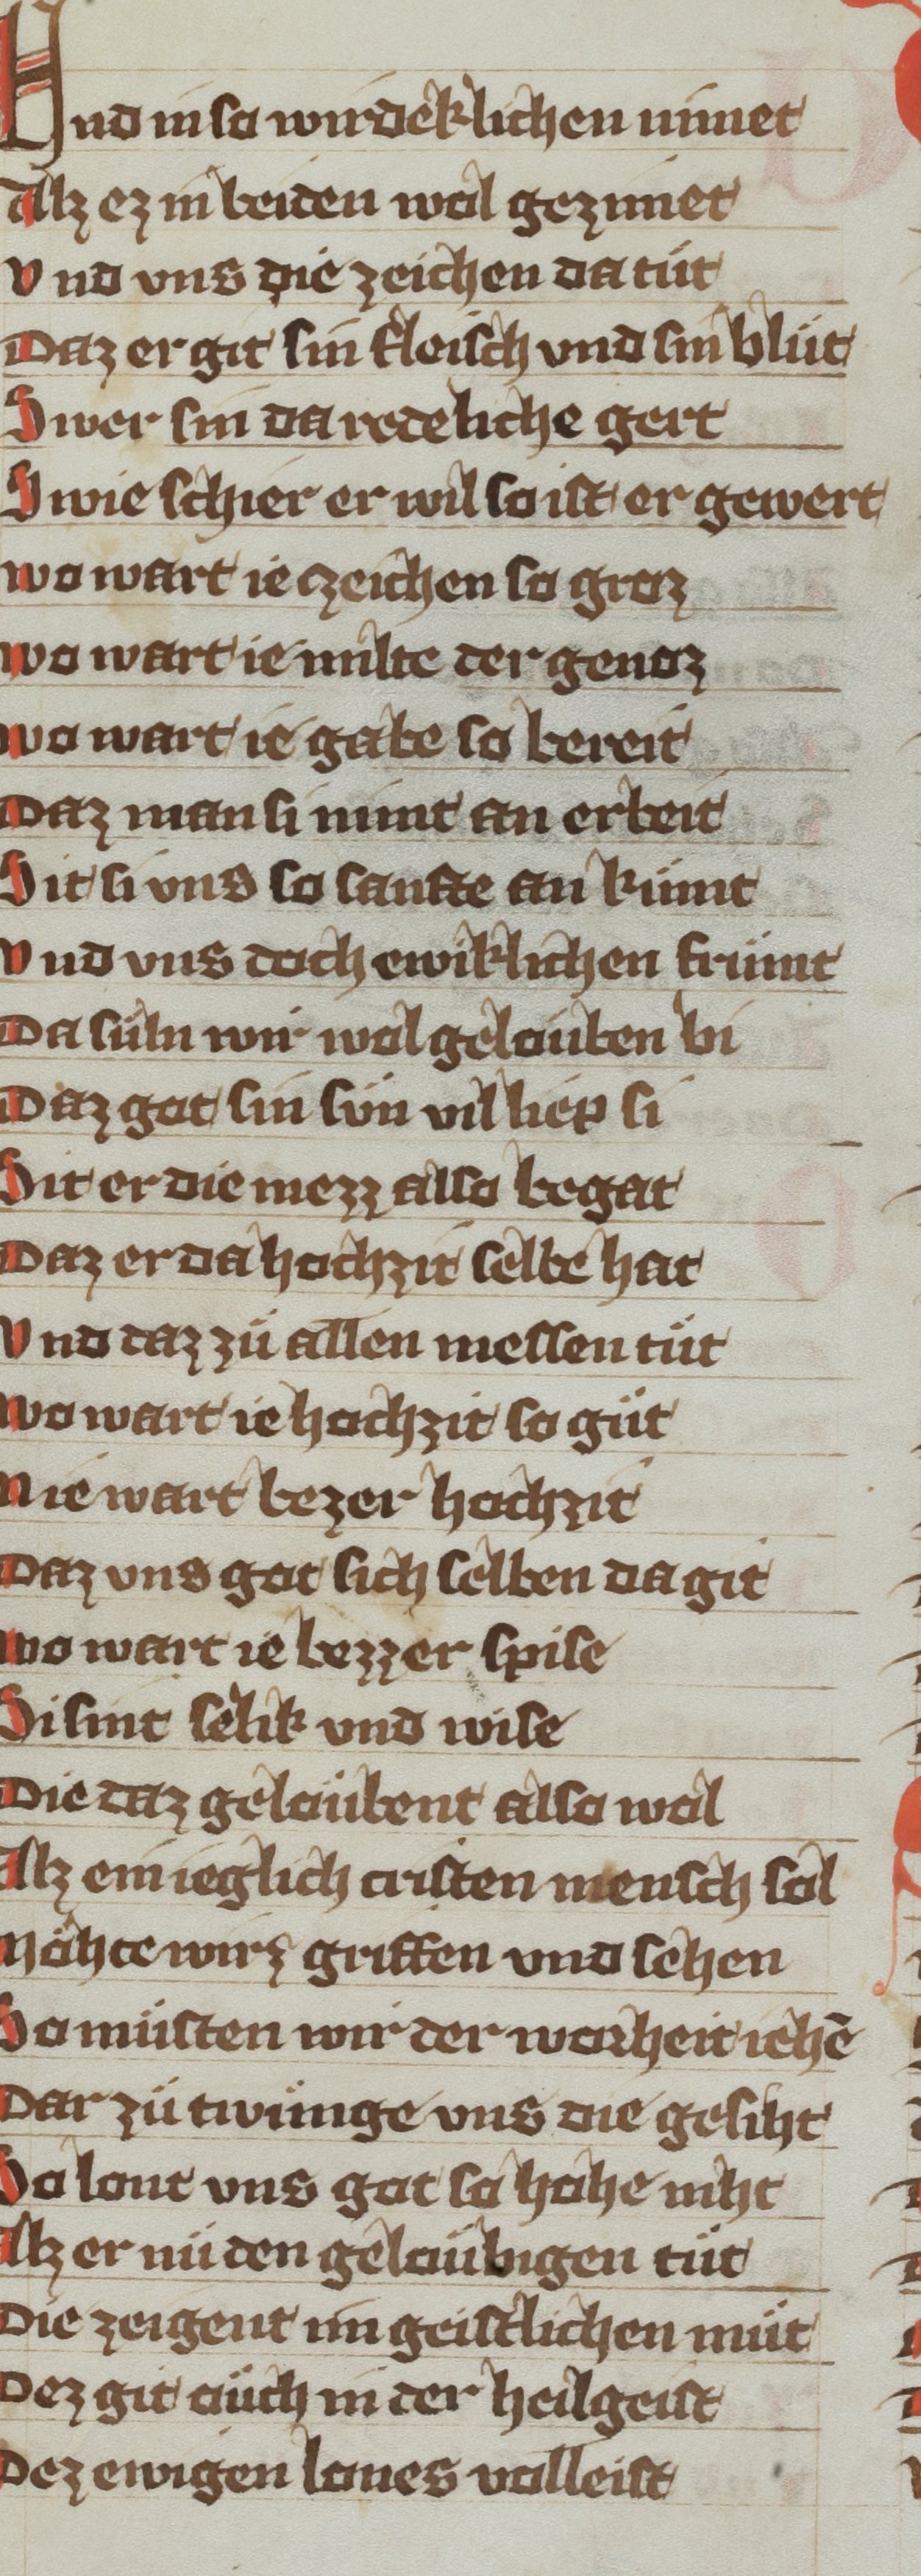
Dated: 1340–1359